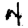
Digit: 4